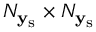
N _ { \mathbf { y } _ { \mathrm { s } } } \times N _ { \mathbf { y } _ { \mathrm { s } } }